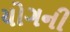
યોગની